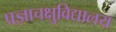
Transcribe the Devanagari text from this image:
प्रज्ञाचक्षुविद्यालय